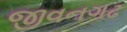
જીવનગઢ